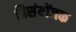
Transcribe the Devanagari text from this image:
त्रिसंयोंजक